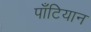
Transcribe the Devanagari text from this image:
पॉँटियान